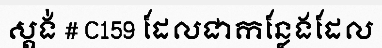
ស្តង់ # C159 ដែលជាកន្លែងដែល